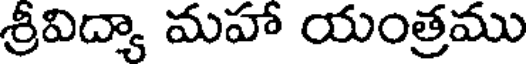
శ్రీవిద్యా మహా యంత్రము